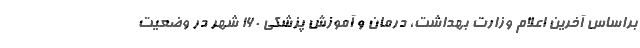
براساس آخرین اعلام وزارت بهداشت، درمان و آموزش پزشکی ۱۶۰ شهر در وضعیت